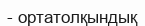
- ортатолқындық